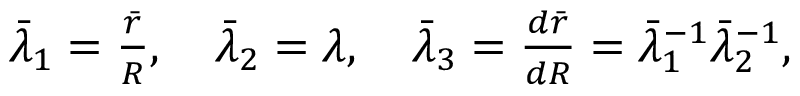
\begin{array} { r } { \bar { \lambda } _ { 1 } = \frac { \bar { r } } { R } , \quad \bar { \lambda } _ { 2 } = \lambda , \quad \bar { \lambda } _ { 3 } = \frac { d \bar { r } } { d R } = \bar { \lambda } _ { 1 } ^ { - 1 } \bar { \lambda } _ { 2 } ^ { - 1 } , } \end{array}